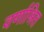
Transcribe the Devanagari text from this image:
वर्णाश्रित